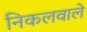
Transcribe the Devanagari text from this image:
निकलवाले